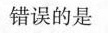
错误的是